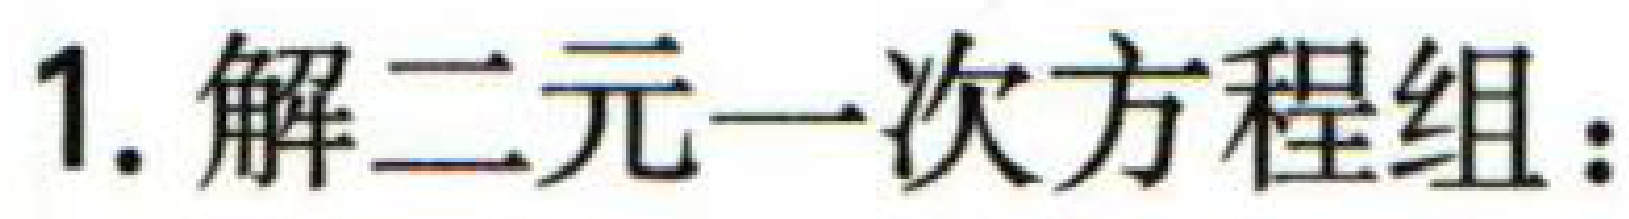
1. 解二元一次方程组：